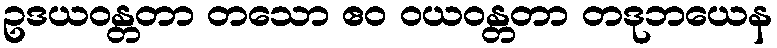
ဥဒယဝန္တတာ တသော ဧဝ ဝယဝန္တတာ တဒုဘယေန